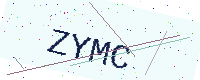
Text: ZYMC